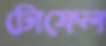
টোফেল